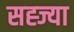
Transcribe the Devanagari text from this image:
सह्ज्या